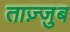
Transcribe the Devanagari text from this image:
ताज़्जुब